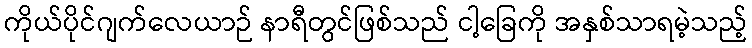
ကိုယ်ပိုင်ဂျက်လေယာဉ် နာရီတွင်ဖြစ်သည် ငါ့ခြေကို အနှစ်သာရမဲ့သည့်